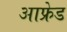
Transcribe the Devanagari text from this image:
आफ्रेड